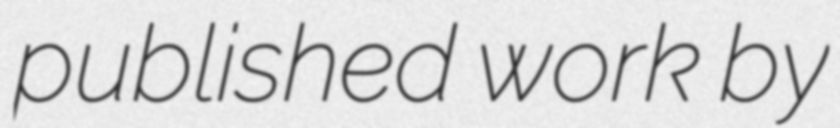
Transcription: published work by